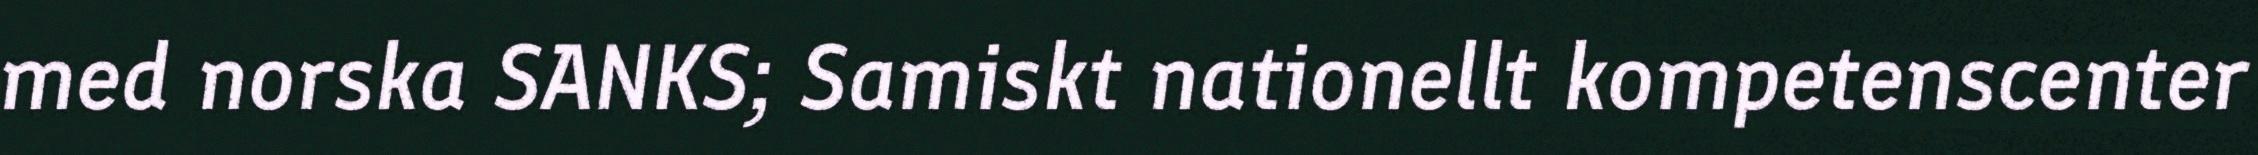
med norska SANKS; Samiskt nationellt kompetenscenter